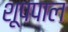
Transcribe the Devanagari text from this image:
शूपपाल